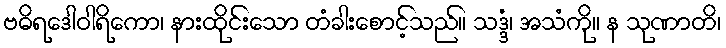
ဗဓိရဒေါဝါရိကော၊ နားထိုင်းသော တံခါးစောင့်သည်။ သဒ္ဒံ၊ အသံကို။ န သုဏာတိ၊